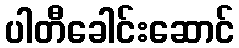
ပါတီခေါင်းဆောင်